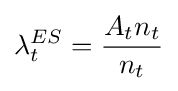
\lambda _{t}^{ES}={A_{t}n_{t} \over n_{t}}